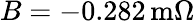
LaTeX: B=-0.282\, \mathrm{m}\Omega